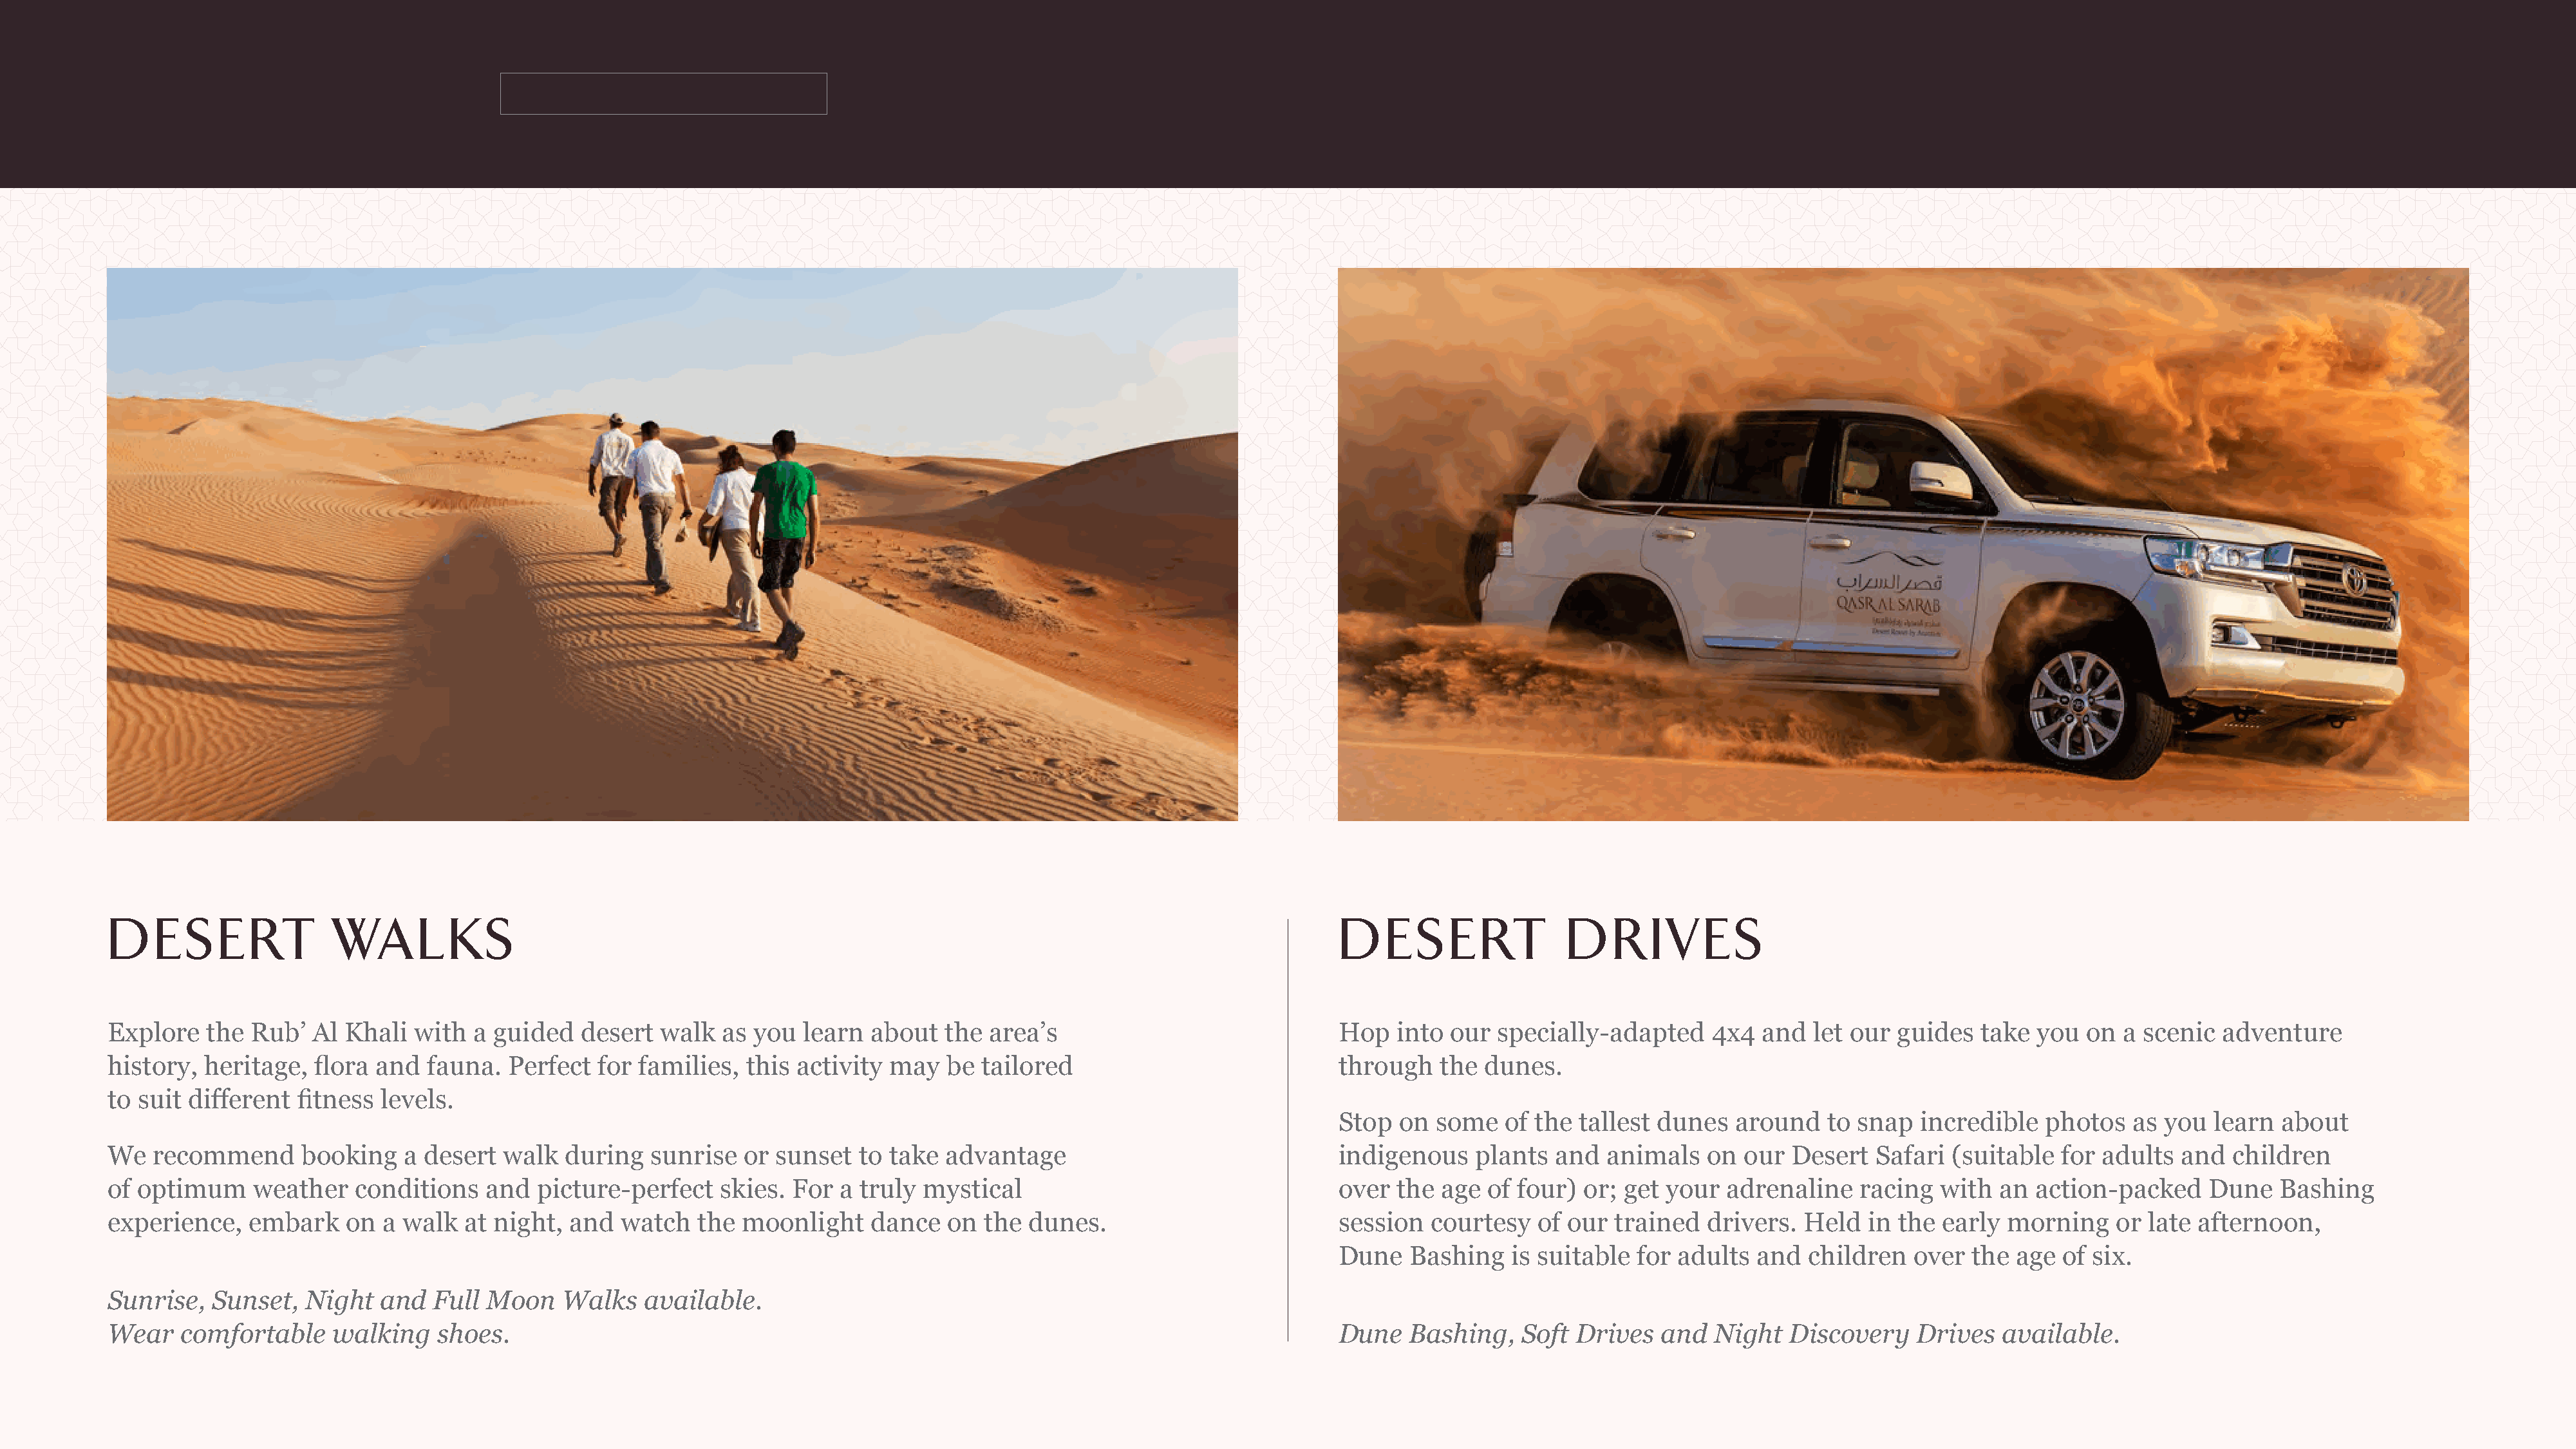
DE      SERT           WALKS                                                                                                   DE      SERT           DRIVE            S
 Explore   the  Rub’  Al Khali   with  a guided   desert  walk  as you   learn  about  the  area’s                              Hop   into our  specially-adapted     4x4  and  let our  guides   take you   on a scenic  adventure
 history,  heritage,  flora  and  fauna.  Perfect  for  families,  this activity may   be  tailored                             through   the  dunes.
 to suit different   fitness levels.
 Stop  on  some   of the tallest dunes   around    to snap  incredible   photos   as you   learn  about
 We   recommend      booking    a desert  walk  during   sunrise  or  sunset  to take  advantage                                indigenous    plants  and  animals   on  our  Desert   Safari  (suitable  for adults  and   children
 of optimum     weather   conditions    and  picture-perfect    skies. For  a truly  mystical                                   over  the age  of four)  or; get your  adrenaline    racing  with   an action-packed     Dune   Bashing
 experience,    embark    on a walk   at night,  and  watch   the moonlight     dance  on  the  dunes.                          session  courtesy   of our  trained  drivers.  Held   in the  early morning     or late afternoon,
 Dune   Bashing   is suitable  for adults   and  children   over  the age  of six.
 Sunrise,   Sunset,  Night   and   Full Moon    Walks   available.
 Wear    comfortable    walking    shoes.                                                                                       Dune   Bashing,   Soft  Drives   and  Night   Discovery    Drives   available.